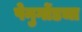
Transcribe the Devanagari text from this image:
पेनुगोंडचा